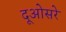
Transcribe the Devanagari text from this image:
दूओसरे